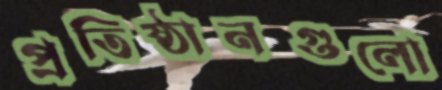
প্রতিষ্ঠানগুলো